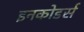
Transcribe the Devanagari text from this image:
इनकोडर्स